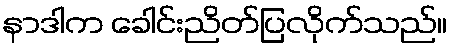
နာဒါက ခေါင်းညိတ်ပြလိုက်သည်။